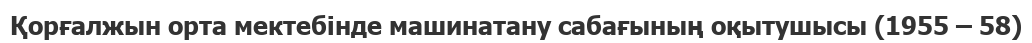
Қорғалжын орта мектебінде машинатану сабағының оқытушысы (1955 – 58)